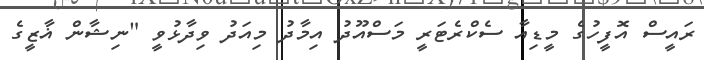
ރައީސް އޮފީހުގެ މީޑިއާ ސެކްރެޓަރީ މަސްއޫދު އިމާދު މިއަދު ވިދާޅުވީ "ނިޝާން ޣާޒީގެ